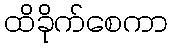
ထိခိုက်စေကာ